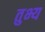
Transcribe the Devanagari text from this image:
तुभ्य